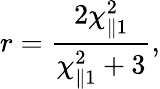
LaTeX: r=\frac{2\chi_{\parallel 1}^{2}}{\chi_{\parallel 1}^{2}+3},